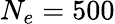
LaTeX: N_{e}=500